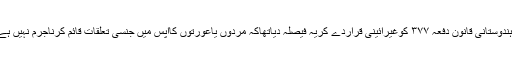
اس سے قبل ۶؍ستمبر۲۰۱۸ء کوسپریم کورٹ نے ۱۵۸سالہ ہندوستانی قانون دفعہ ۳۷۷ کوغیرآئینی قراردے کریہ فیصلہ دیاتھاکہ مردوں یاعورتوں کاآپس میں جنسی تعلقات قائم کرناجرم نہیں ہے،یعنی دومردیادوعورتیں آپس میں بھی شادی کرسکتے ہیں۔